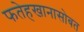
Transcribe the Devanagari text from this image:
फतेहखानासोबत